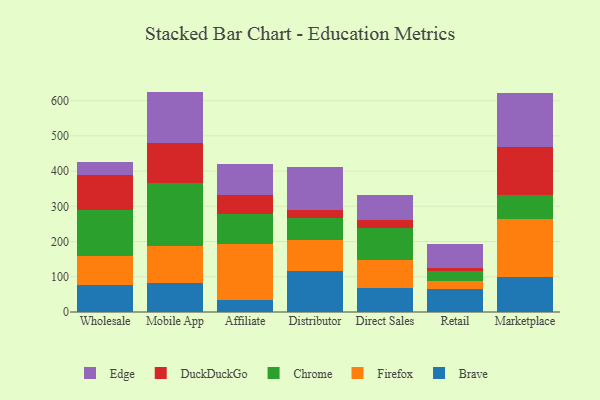
{"axis": {"x": "Channel", "y": "Waste Production (Tons)"}, "legend": ["Brave", "Chrome", "DuckDuckGo", "Edge", "Firefox"], "data": [{"x": "Wholesale", "y": 75.9, "type": "Brave"}, {"x": "Wholesale", "y": 81.8, "type": "Firefox"}, {"x": "Wholesale", "y": 132.0, "type": "Chrome"}, {"x": "Wholesale", "y": 100.2, "type": "DuckDuckGo"}, {"x": "Wholesale", "y": 35.8, "type": "Edge"}, {"x": "Mobile App", "y": 83.7, "type": "Brave"}, {"x": "Mobile App", "y": 104.8, "type": "Firefox"}, {"x": "Mobile App", "y": 177.0, "type": "Chrome"}, {"x": "Mobile App", "y": 113.6, "type": "DuckDuckGo"}, {"x": "Mobile App", "y": 146.5, "type": "Edge"}, {"x": "Affiliate", "y": 32.9, "type": "Brave"}, {"x": "Affiliate", "y": 159.8, "type": "Firefox"}, {"x": "Affiliate", "y": 84.4, "type": "Chrome"}, {"x": "Affiliate", "y": 54.1, "type": "DuckDuckGo"}, {"x": "Affiliate", "y": 87.7, "type": "Edge"}, {"x": "Distributor", "y": 116.1, "type": "Brave"}, {"x": "Distributor", "y": 88.7, "type": "Firefox"}, {"x": "Distributor", "y": 62.5, "type": "Chrome"}, {"x": "Distributor", "y": 23.2, "type": "DuckDuckGo"}, {"x": "Distributor", "y": 119.7, "type": "Edge"}, {"x": "Direct Sales", "y": 68.7, "type": "Brave"}, {"x": "Direct Sales", "y": 79.8, "type": "Firefox"}, {"x": "Direct Sales", "y": 90.1, "type": "Chrome"}, {"x": "Direct Sales", "y": 23.0, "type": "DuckDuckGo"}, {"x": "Direct Sales", "y": 71.8, "type": "Edge"}, {"x": "Retail", "y": 65.8, "type": "Brave"}, {"x": "Retail", "y": 21.3, "type": "Firefox"}, {"x": "Retail", "y": 29.0, "type": "Chrome"}, {"x": "Retail", "y": 9.2, "type": "DuckDuckGo"}, {"x": "Retail", "y": 67.4, "type": "Edge"}, {"x": "Marketplace", "y": 98.6, "type": "Brave"}, {"x": "Marketplace", "y": 166.4, "type": "Firefox"}, {"x": "Marketplace", "y": 66.3, "type": "Chrome"}, {"x": "Marketplace", "y": 137.3, "type": "DuckDuckGo"}, {"x": "Marketplace", "y": 153.6, "type": "Edge"}]}